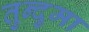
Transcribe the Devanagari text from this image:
तुन्दुमा